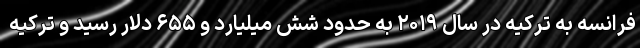
فرانسه به ترکیه در سال ۲۰۱۹ به حدود شش میلیارد و ۶۵۵ دلار رسید و ترکیه